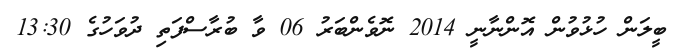
ބީލަން ހުޅުވުން އޮންނާނީ 2014 ނޮވެންބަރު 06 ވާ ބުރާސްފަތި ދުވަހުގެ 13:30